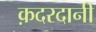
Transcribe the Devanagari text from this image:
क़दरदानी